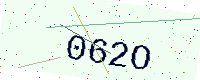
Text: 062O